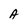
Character: A